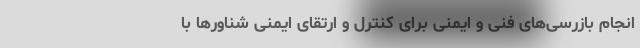
انجام بازرسی‌های فنی و ایمنی برای کنترل و ارتقای ایمنی شناورها با